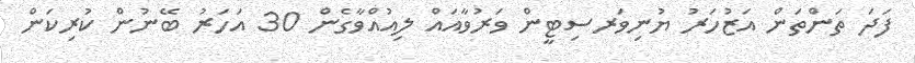
ފަދަ ތަންތަން އަޒުހަރު ޔުނިވަރސިޓީން ވަރުވާއައް ލިއުއްވާގެން 30 އަހަރު ބޭނުން ކުރިކަން